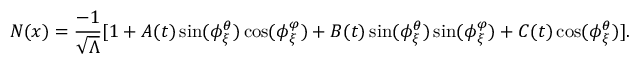
N ( x ) = \frac { - 1 } { \sqrt { \Lambda } } [ 1 + A ( t ) \sin ( \phi _ { \xi } ^ { \theta } ) \cos ( \phi _ { \xi } ^ { \varphi } ) + B ( t ) \sin ( \phi _ { \xi } ^ { \theta } ) \sin ( \phi _ { \xi } ^ { \varphi } ) + C ( t ) \cos ( \phi _ { \xi } ^ { \theta } ) ] .